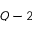
Q - 2